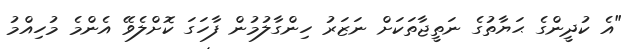
"އެ ކުދީންގެ ޙަޔާތުގެ ނަތީޖާތަކަށް ނަޒަރު ހިންގާލުމުން ފާހަގަ ކޮށްލެވޭ އެންމެ މުހިއްމު